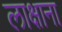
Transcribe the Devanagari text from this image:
लाक्षाना